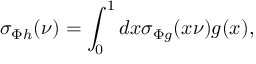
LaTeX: \sigma _ { \Phi h } ( \nu ) = \int _ { 0 } ^ { 1 } d x \sigma _ { \Phi g } ( x \nu ) g ( x ) ,